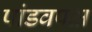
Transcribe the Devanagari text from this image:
पांडवपक्ष